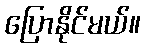
ပြောနိုင်မယ်။